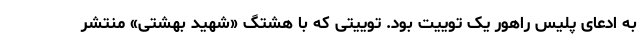
به ادعای پلیس راهور یک توییت بود. توییتی که با هشتگ «شهید بهشتی» منتشر